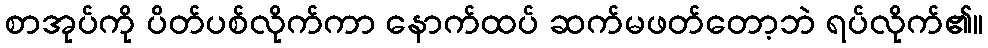
စာအုပ်ကို ပိတ်ပစ်လိုက်ကာ နောက်ထပ် ဆက်မဖတ်တော့ဘဲ ရပ်လိုက်၏။